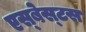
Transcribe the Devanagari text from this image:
एस्‍बेस्‍टस